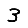
Digit: 3